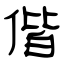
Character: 偕